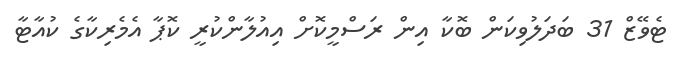
ޓެވޭޒް 31 ބަދަލުވިކަން ބޮކާ އިން ރަސްމީކޮށް އިއުލާންކުރީ ކޮޕާ އެމެރިކާގެ ކުއާޓާ